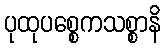
ပုထုပစ္စေကသစ္စာနိ